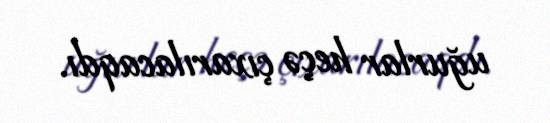
uğurlar heçə çıxarılacaqdı.